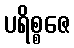
ပရိစ္စဇေ